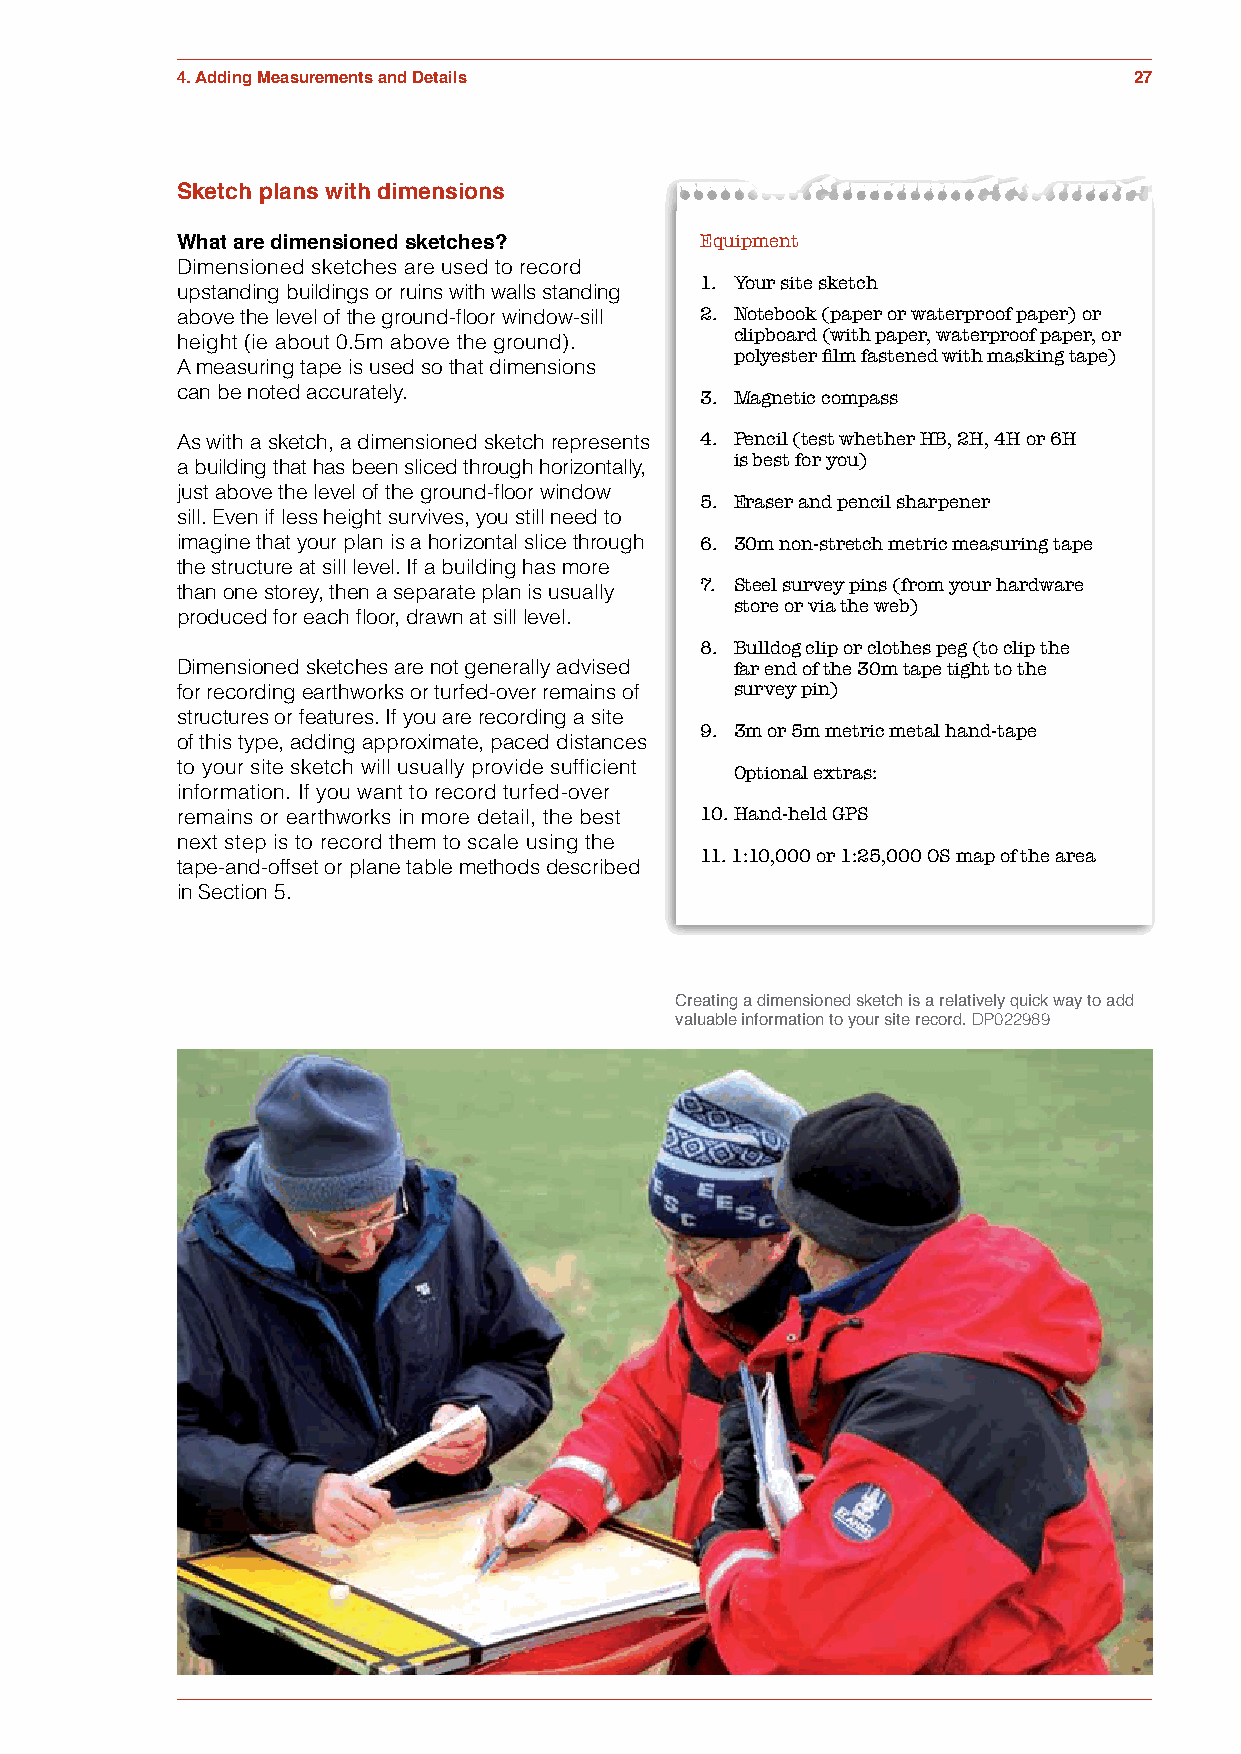
4. Adding Measurements and Details                             27
 Sketch plans with dimensions
 What are dimensioned sketches?    Equipment
 Dimensioned sketches are used to record
 1. Your site sketch
 upstanding buildings or ruins with walls standing
 above the level of the ground-floor window-sill 2. Notebook (paper or waterproof paper) or
 clipboard (with paper, waterproof paper, or
 height (ie about 0.5m above the ground).
 polyester film fastened with masking tape)
 A measuring tape is used so that dimensions
 can be noted accurately.          3. Magnetic compass
 As with a sketch, a dimensioned sketch represents 4. Pencil (test whether HB, 2H, 4H or 6H
 is best for you)
 a building that has been sliced through horizontally,
 just above the level of the ground-floor window
 5. Eraser and pencil sharpener
 sill. Even if less height survives, you still need to
 imagine that your plan is a horizontal slice through 6. 30m non-stretch metric measuring tape
 the structure at sill level. If a building has more
 7. Steel survey pins (from your hardware
 than one storey, then a separate plan is usually
 store or via the web)
 produced for each floor, drawn at sill level.
 8. Bulldog clip or clothes peg (to clip the
 Dimensioned sketches are not generally advised far end of the 30m tape tight to the
 for recording earthworks or turfed-over remains of survey pin)
 structures or features. If you are recording a site
 9. 3m or 5m metric metal hand-tape
 of this type, adding approximate, paced distances
 to your site sketch will usually provide sufficient Optional extras:
 information. If you want to record turfed-over
 remains or earthworks in more detail, the best 10. Hand-held GPS
 next step is to record them to scale using the
 11. 1:10,000 or 1:25,000 OS map of the area
 tape-and-offset or plane table methods described
 in Section 5.
 Creating a dimensioned sketch is a relatively quick way to add
 valuable information to your site record. DP022989